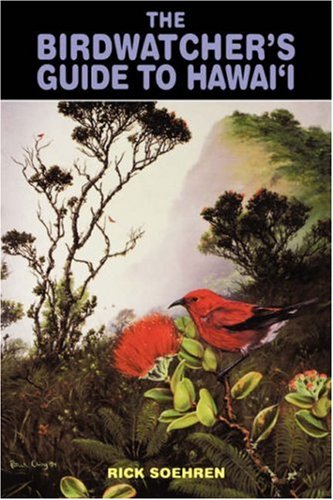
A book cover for The Birdwatcher's Guide to Hawai'i (Kolowalu Books); Rick Soehren; Travel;